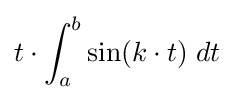
t\cdot \int _{a}^{b}\sin(k\cdot t)\;dt